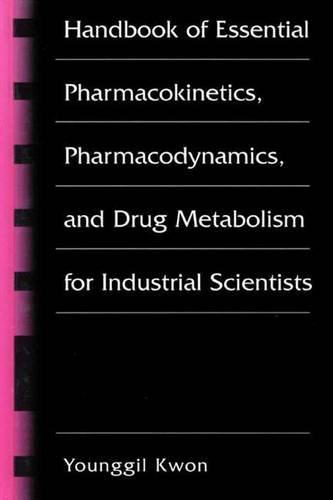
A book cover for Handbook of Essential Pharmacokinetics, Pharmacodynamics and Drug Metabolism for Industrial Scientists; Younggil Kwon; Medical Books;